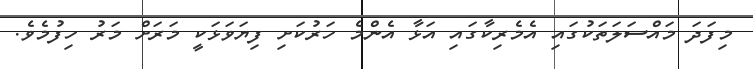
މިފަދަ މައްސަލަތަކުގައި އެމެރިކާގައި އަޅާ އެންމެ ހަރުކަށި ފިޔަވަޅަކީ މަރަށް މަރު ހިފުމެވެ.